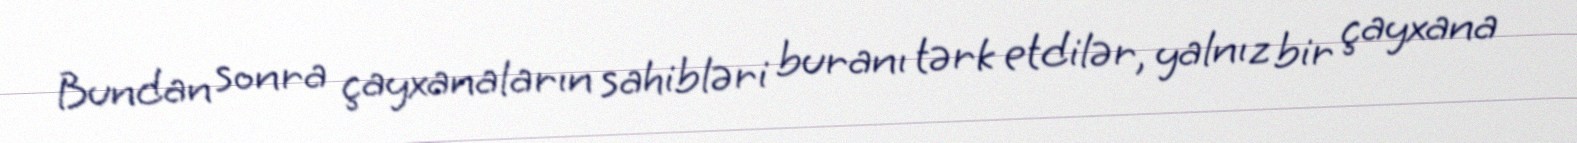
Bundan sonra çayxanaların sahibləri buranı tərk etdilər, yalnız bir çayxana